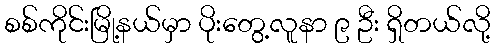
စစ်ကိုင်းမြို့နယ်မှာ ပိုးတွေ့လူနာ ၉ ဦး ရှိတယ်လို့